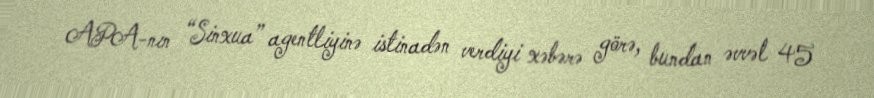
APA-nın “Sinxua” agentliyinə istinadən verdiyi xəbərə görə, bundan əvvəl 45